Vaccination Hyderabad 1890-1903 - 1890-1903
Year: 1890
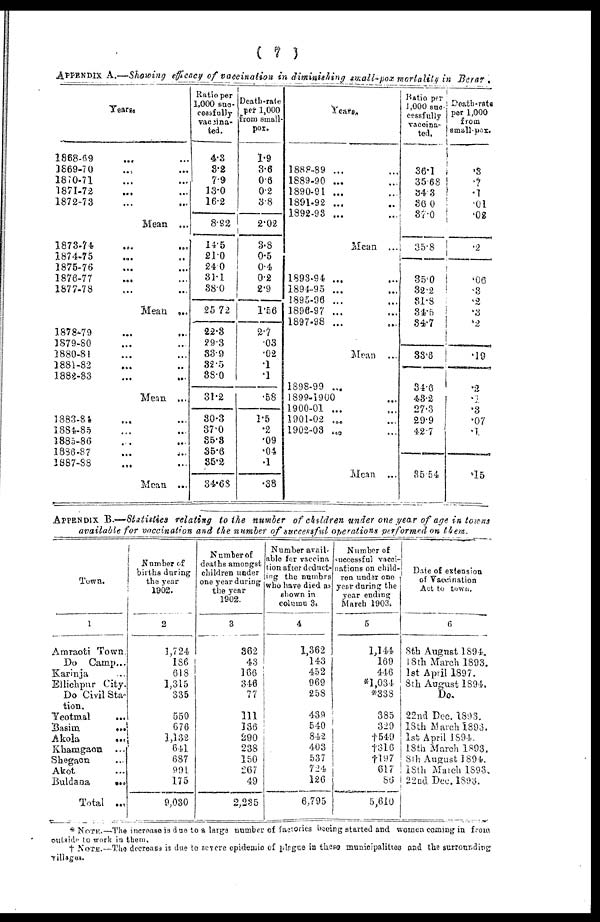
( 7 )
APPENDIX A.—Showing efficacy of vaccination in diminishing small-pox mortality in Berar.
Years.
1868-69 ... ...
1869-70 ... ...
1870-71 ... ...
1871-72 ... ...
1872-73 ... ...
Mean ...
1873-74.
... ...
1874-75 ... ...
1875-76 ... ...
1876-77 ... ...
1877-78 ... ...
Mean ...
1878-79 ... ...
1879-80 ... ...
1880-81 ... ...
1881-82 ... ...
1882-83 ... ...
Mean ...
1883-84 ... ...
1884-85 ... ...
1885-86 ... ...
1886-87 ... ...
1887-88 ... ...
Mean ...
Ratio per
1,000 suc¬
cessfully
vaccina-
ted.
4.3
3.2
7.9
13.0
16.2
8.92
14.5
21.0
24.0
31.1
38.0
25.72
22.3
29.3
33.9
32.5
38.0
31.2
30.3
37.0
35.3
35.6
35.2
34.68
Death-rate
per 1,000
from small-
pox.
1.9
3.6
0.6
0.2
3.8
2.02
3.8
0.5
0.4
0.2
2.9
1.56
2.7
.03
.02
.1
.1
.58
1.5
.2
.09
.04
.1
.38
Years.
1888-89 ... ...
1889-90 ... ...
1890-91 ... ...
1891-92 ... ...
1892-93 ...
Mean ...
1893-94 ... ...
1894-95 ... ...
1895-96 ... ...
1896-97 ... ...
1897-98 ... ...
Mean ...
1898-99 ...
1899-1900 ...
1900-01 ... ...
1901-02 ... ...
1902-03 ... ...
Mean ...
Ratio per
1,000 suc-
cessfully
vaccina-
ted.
36.1
35.68
34.3
36.0
37.0
35.8
35.0
32.2
31.8
34.5
34.7
33.6
34.6
43.2
27.3
29.9
42.7
35.54
Death-rate
per 1,000
from
small-pox.
.3
.7
.1
.01
.02
.2
.06
.3
.2
.3
.2
.19
.2
.1
.3
.07
.1
.15
APPENDIX B.—Statistics relating to the number of children under one year of age in towns
available for vaccination and the number of successful operations performed on them.
Town.
1
Amraoti Town.
Do. Camp...
Karinja ...
Ellichpur City.
Do Civil Sta¬
tion.
Yeotmal
...
Basim ...
Akola
...
Khamgaon ...
Shegaon ...
Akot ...
Buldana
...
Total ...
Number of
births during
the year
1902.
2
1,724
186
618
1,315
335
550
676
1,132
641
687
991
175
9,030
Number of
deaths amongst
children under
one year during
the year
1902.
3
362
43
166
346
77
111
136
290
238
150
267
49
2,235
Number avail-
able for vaccina¬
tion after deduct¬
ing the numbrs
who have died as
shown in
column 3.
4
1,362
143
452
969
258
439
540
842
403
537
724
126
6,795
Number of
successful vacci-
nations on child¬
ren under one
year during the
year ending
March 1903.
5
1,144
169
446
*1,034
*338
385
329
†549
†316
†197
617
86
5,610
Date of extension
of Vaccination
Act to town.
6
8th August 1894.
18th March 1893.
1st April 1897.
8th August 1894.
Do.
22nd Dec. 1893.
18th March 1893.
1st April 1894.
18th March 1893.
8th August 1894.
18th Match 1893.
22nd Dec. 1893.
* NOTE.—The increase is due to a large number of factories beeing started and women coming in from
outside to work in them.
† NOTE.—The decrease is due to severe epidemic of plague in these municipalities and the surrounding
villages.